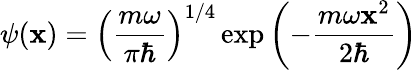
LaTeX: \psi(\mathbf{x})=\left({\frac{{m\omega}}{{\pi\hbar}}}\right)^{1/4}\exp{\left(-{\frac{{m\omega\mathbf{x}^{2}}}{{2\hbar}}}\right)}